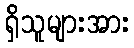
ရှိသူများအား